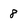
Character: 8